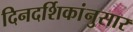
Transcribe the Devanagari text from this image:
दिनदर्शिकांनुसार